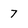
Character: 7